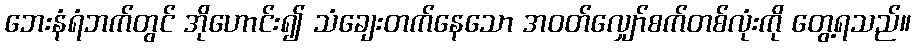
ဘေးနံရံဘက်တွင် အိုဟောင်း၍ သံချေးတက်နေသော အဝတ်လျှော်စက်တစ်လုံးကို တွေ့ရသည်။